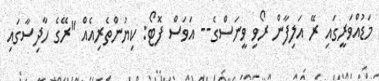
މަޑުއްވަރީގައި ރޭ އަލިފާން ރޯވި ވީނަސްގެ-- އަވަސް ފޮޓޯ: ކިޔުންތެރިއެއް "ރޭގެ ހާދިސާގައި